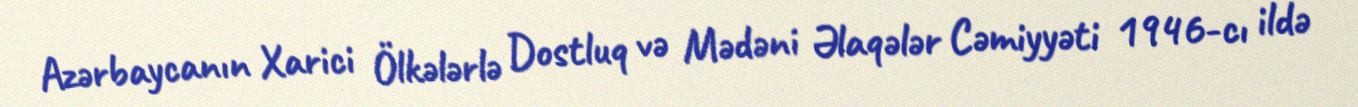
Azərbaycanın Xarici Ölkələrlə Dostluq və Mədəni Əlaqələr Cəmiyyəti 1946-cı ildə